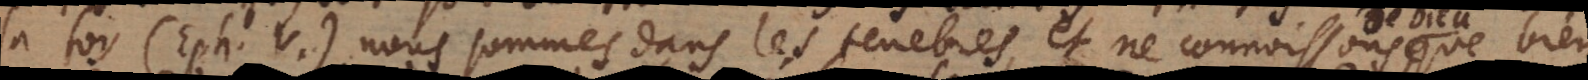
la foy (Eph. V) nous sommes dans les tenebres, et ne connoissons de Dieu